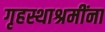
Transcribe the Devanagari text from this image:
गृहस्थाश्रमींना